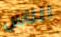
الناس